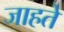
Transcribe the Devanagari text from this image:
जाहते